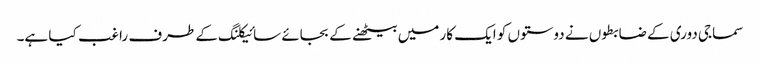
سماجی دوری کے ضابطوں نے دوستوں کو ایک کار میں بیٹھنے کے بجائے سائیکلنگ کے طرف راغب کیا ہے۔